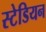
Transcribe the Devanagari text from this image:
स्टेडियन